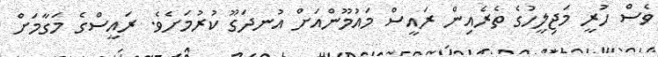
ވެސް ހުރީ މަޖިލީހުގެ ތެރެއިން ރައީސް މައުމޫންއަށް އުނދަގޫ ކުރުމަށެވެ. ރައީސްގެ މަގާމަށް